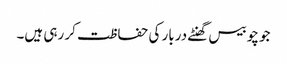
جو چوبیس گھنٹے دربار کی حفاظت کر رہی ہیں۔